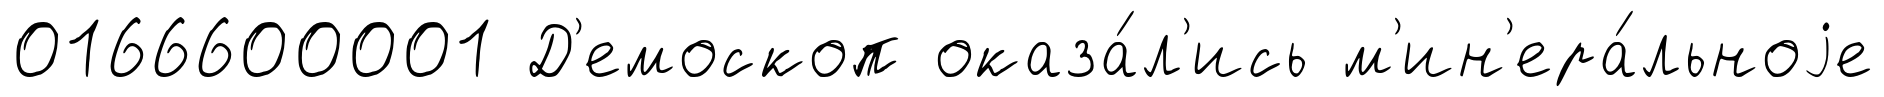
0166600001 Д'емоскоп оказа́л'ись м'ин'ера́льноjе